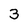
Character: 3